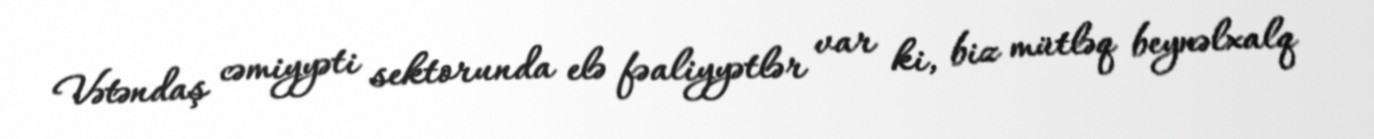
Vətəndaş cəmiyyəti sektorunda elə fəaliyyətlər var ki, biz mütləq beynəlxalq